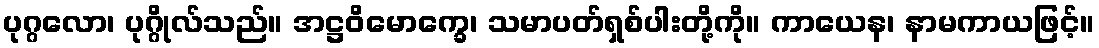
ပုဂ္ဂလော၊ ပုဂ္ဂိုလ်သည်။ အဋ္ဌဝိမောက္ခေ၊ သမာပတ်ရှစ်ပါးတို့ကို။ ကာယေန၊ နာမကာယဖြင့်။